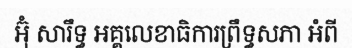
អ៊ុំ សារឹទ្ធ អគ្គលេខាធិការព្រឹទ្ធសភា អំពី